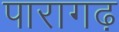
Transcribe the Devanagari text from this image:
पारागढ़